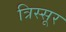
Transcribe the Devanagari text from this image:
त्रिस्सूर